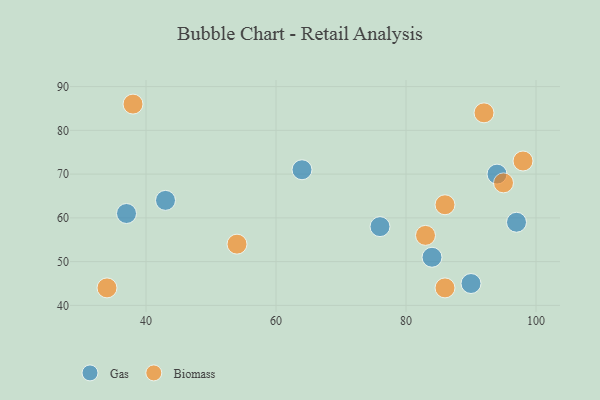
{"axis": {"x": "GDP", "y": "Life Expectancy"}, "legend": ["Biomass", "Gas"], "data": [{"x": "64", "y": 71, "type": "Gas"}, {"x": "84", "y": 51, "type": "Gas"}, {"x": "90", "y": 45, "type": "Gas"}, {"x": "94", "y": 70, "type": "Gas"}, {"x": "76", "y": 58, "type": "Gas"}, {"x": "43", "y": 64, "type": "Gas"}, {"x": "97", "y": 59, "type": "Gas"}, {"x": "37", "y": 61, "type": "Gas"}, {"x": "98", "y": 73, "type": "Biomass"}, {"x": "83", "y": 56, "type": "Biomass"}, {"x": "38", "y": 86, "type": "Biomass"}, {"x": "92", "y": 84, "type": "Biomass"}, {"x": "95", "y": 68, "type": "Biomass"}, {"x": "86", "y": 44, "type": "Biomass"}, {"x": "34", "y": 44, "type": "Biomass"}, {"x": "86", "y": 63, "type": "Biomass"}, {"x": "54", "y": 54, "type": "Biomass"}]}